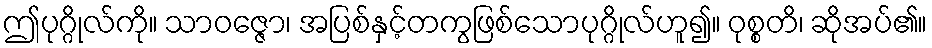
ဤပုဂ္ဂိုလ်ကို။ သာဝဇ္ဇော၊ အပြစ်နှင့်တကွဖြစ်သောပုဂ္ဂိုလ်ဟူ၍။ ဝုစ္စတိ၊ ဆိုအပ်၏။